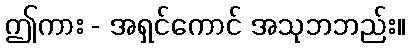
ဤကား - အရှင်ကောင် အသုဘဘည်း။